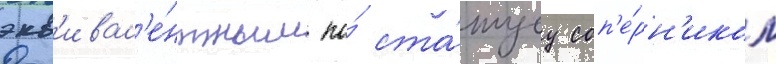
экв'ивал'е́нтным по́ ста́тусу соп'е́рн'иком